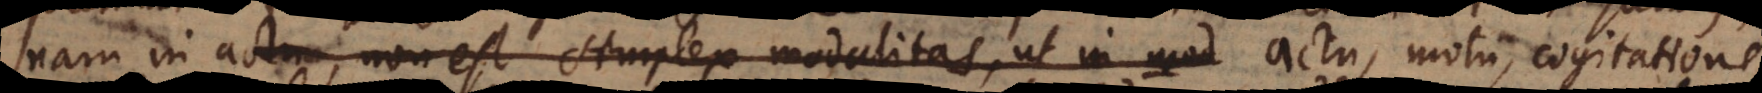
nam in actu, non est simplex modalitas, ut in mod actu, motu, cogitatione,